Jaan_Tonisson_(Lasteleht), lk 66
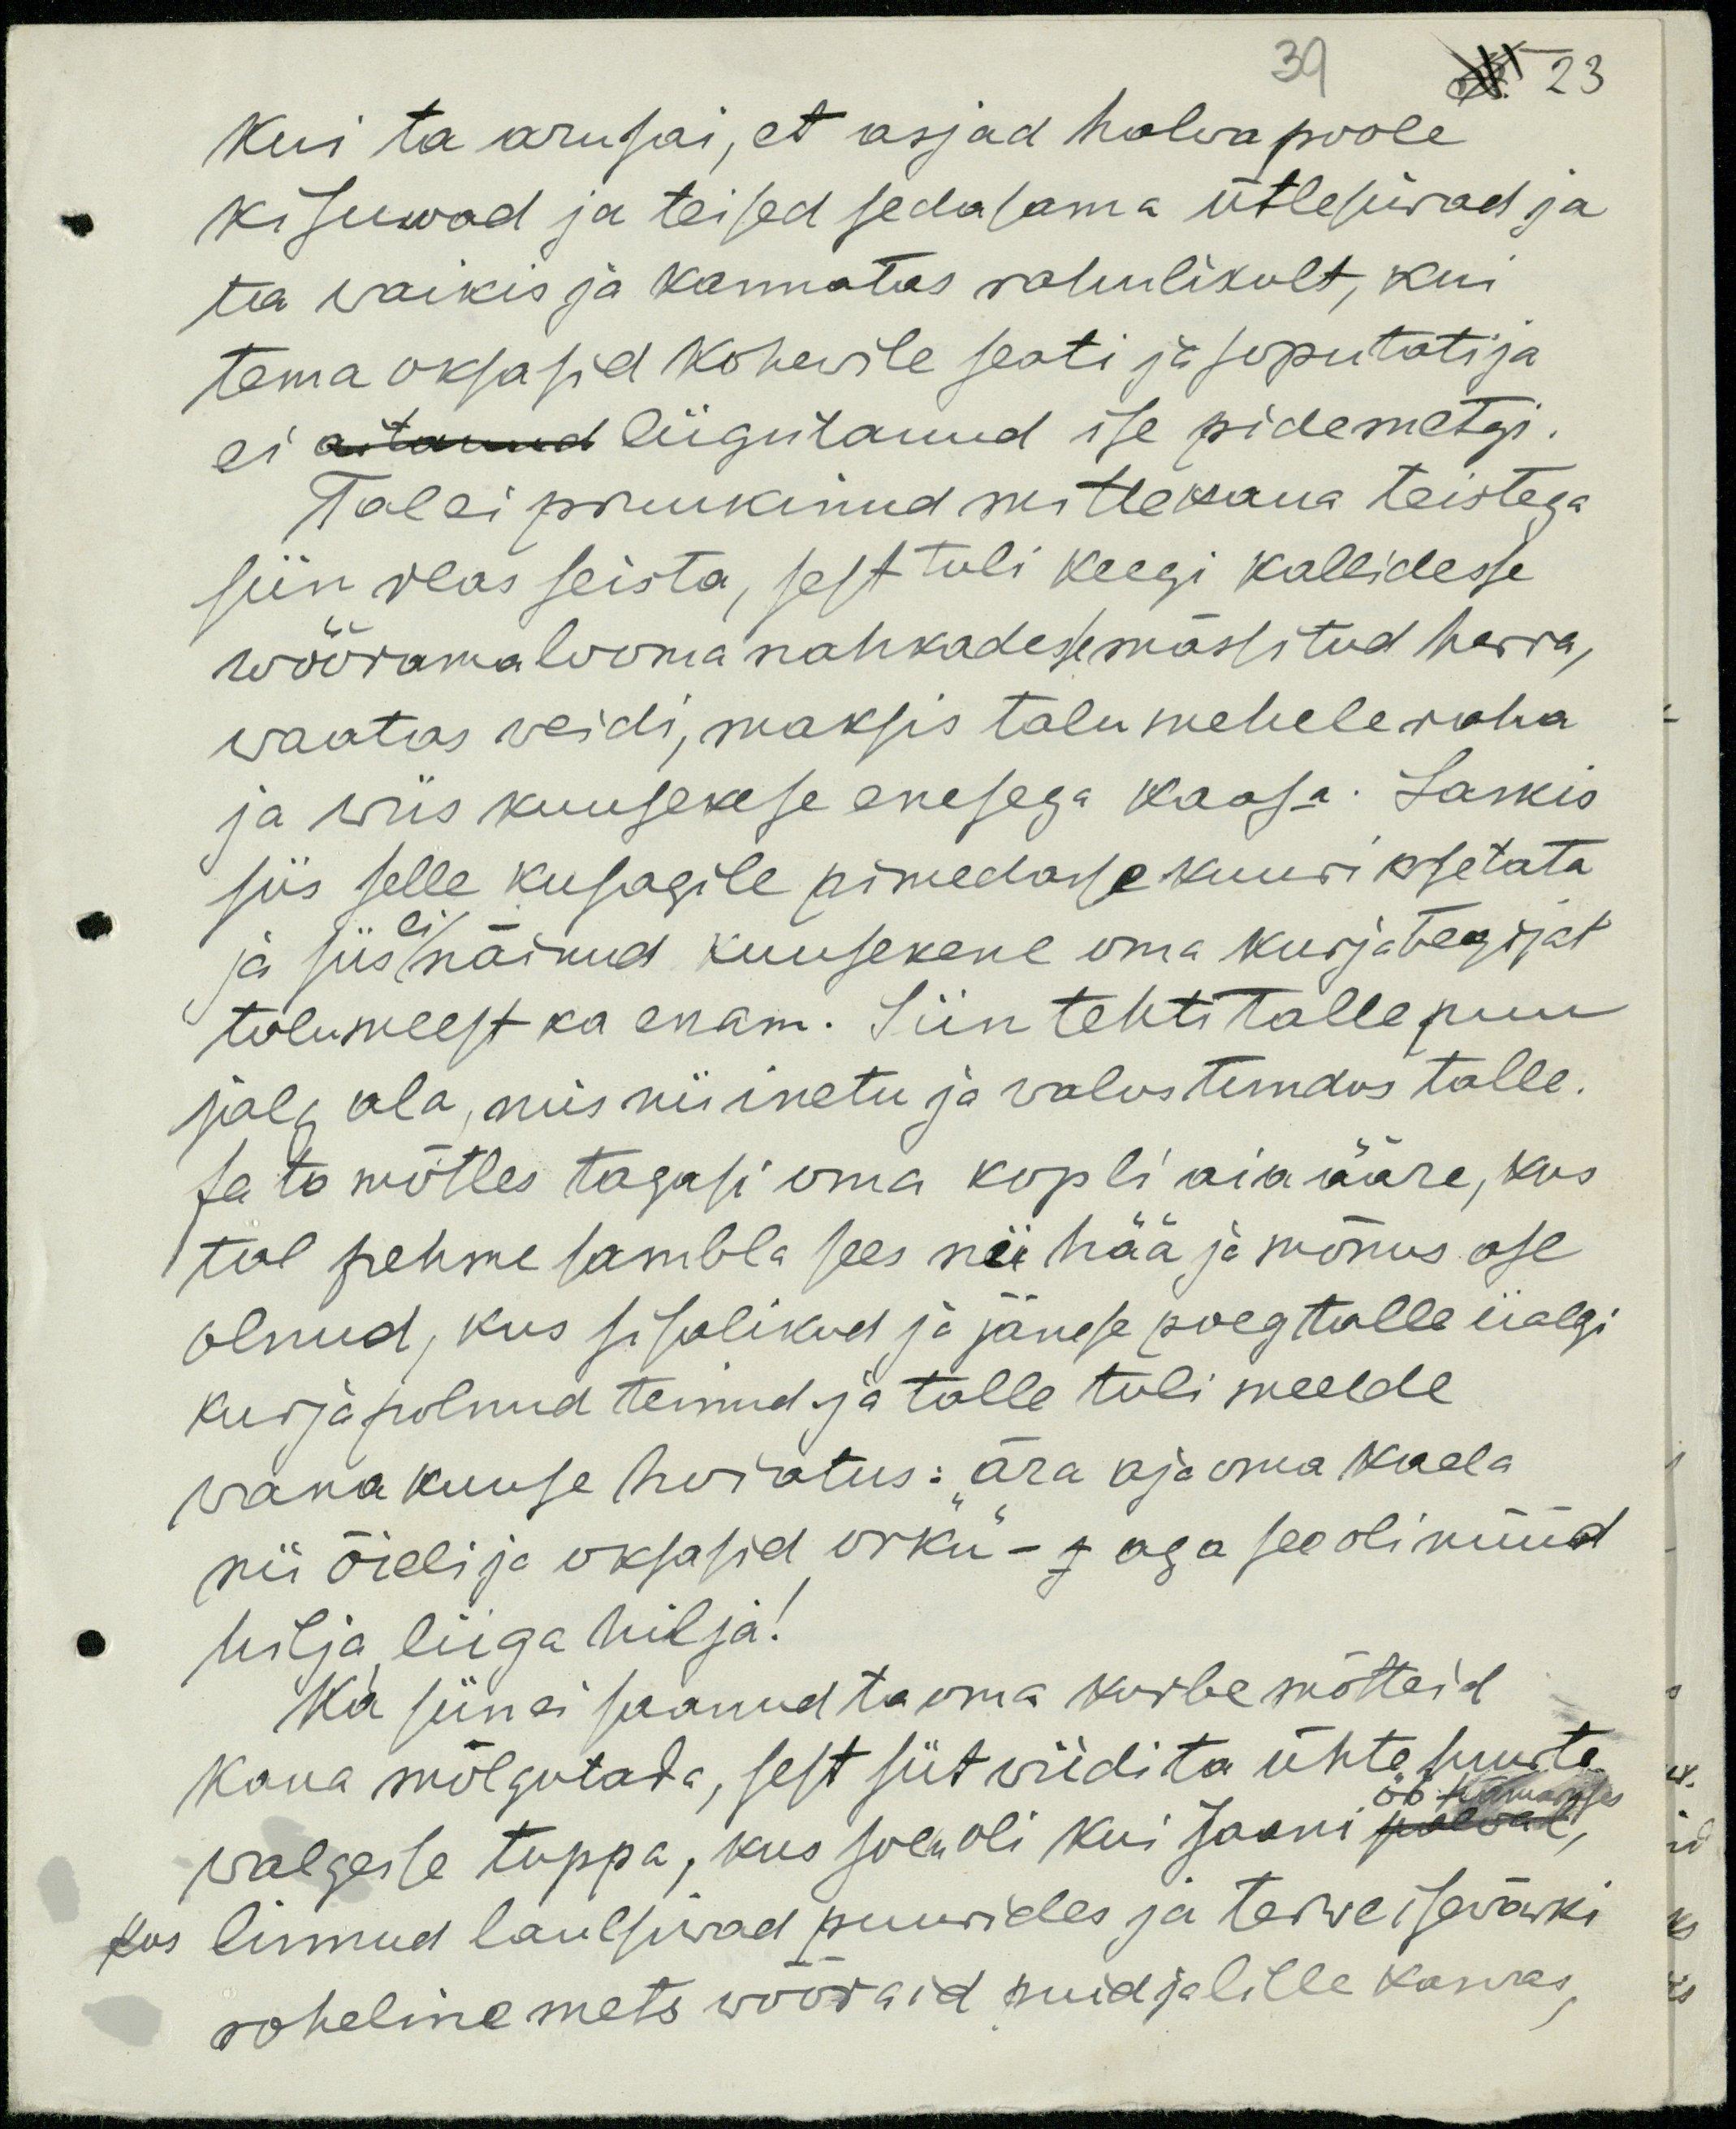
39
23
Kui ta aru sai, et asjad halwa poole
kisuwad ja teised sedasama ütlesiwad ja
ta waikis ja kannatas rahulikult, kui
tema oksasid kohewile seati ja soputati ja
ei aitanud liigutanud ise pidemetgi
Tal ei pruukinud mittekaua teistega
siin reas seista, sest tuli keegi kallidesse
wõõramalooma nahkadese mässitud herra,
waatas weidi, maksis talumehele raha
ja wiis kuusekese enesega kaasa. Laskis
siis selle kusagile pimedasse kuuri asetata
ja siis näinud kuusekene oma kurjategijat
ei
talumeest ka enam. Siin tehti talle puu
jalg ala, mis nii inetu ja valus tundus talle.
Ja ta mõtles tagasi oma kopli aia ääre, kus
tal pehme sambla sees nii hää ja mõnus ase
olnud, kus sisalikud ja jänese poeg talle iialgi
kurja polnud teinud ja talle tuli meelde
wana kuuse hoiatus: ära aja oma kaela
nii õieli ja oksasid orku" - j aga see oli nüüd
hilja liiga hilja!
Ka siin ei saanud ta oma kurbe mõtteid
kaua mõlgutada, sest siit wiidi ta ühte suurte
öö hämaruses
walgesse tuppa, kus soe oli kui Jaani päewal
Kus linnud laulsiwad puurides ja terwe isewärki
roheline mets wõõraid puid ja lille kaswas,